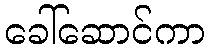
ခေါ်ဆောင်ကာ